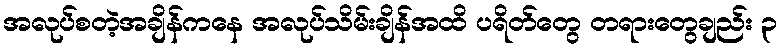
အလုပ်စတဲ့အချိန်ကနေ အလုပ်သိမ်းချိန်အထိ ပရိတ်တွေ တရားတွေချည်း ၃